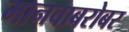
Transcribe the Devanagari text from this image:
मानवाबरोबर